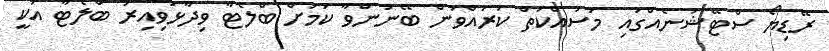
ރޭޑިޔޯ ސްޓޭޝަނެއްގައި މަސައްކަތް ކުރައްވަން ބޭނުންވާ ކަމަށް ބްލެޓާ ވިދާޅުވިއިރު ބްލެޓާ އަކީ